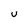
Character: U